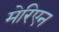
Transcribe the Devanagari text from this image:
मेरिएन